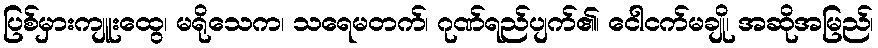
ပြစ်မှားကျူးထွေ၊ မရိုသေက၊ သရေမတက်၊ ဂုဏ်ရည်ပျက်၏၊ ငေါငက်မချို၊ အဆိုအမြည်၊